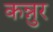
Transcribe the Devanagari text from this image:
कन्नुर